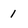
Character: 1